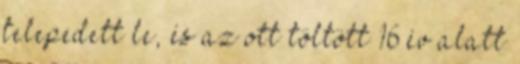
telepedett le, és az ott töltött 16 év alatt